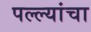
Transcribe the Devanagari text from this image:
पल्ल्यांचा